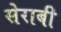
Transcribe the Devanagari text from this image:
सेराबी